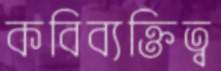
কবিব্যক্তিত্ব